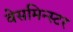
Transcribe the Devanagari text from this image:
वेसमिन्स्टर